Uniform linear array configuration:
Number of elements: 8
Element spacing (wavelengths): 0.75
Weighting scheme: binomial
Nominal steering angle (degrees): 45
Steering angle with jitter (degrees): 44.347
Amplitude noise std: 0.05
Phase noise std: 0.05

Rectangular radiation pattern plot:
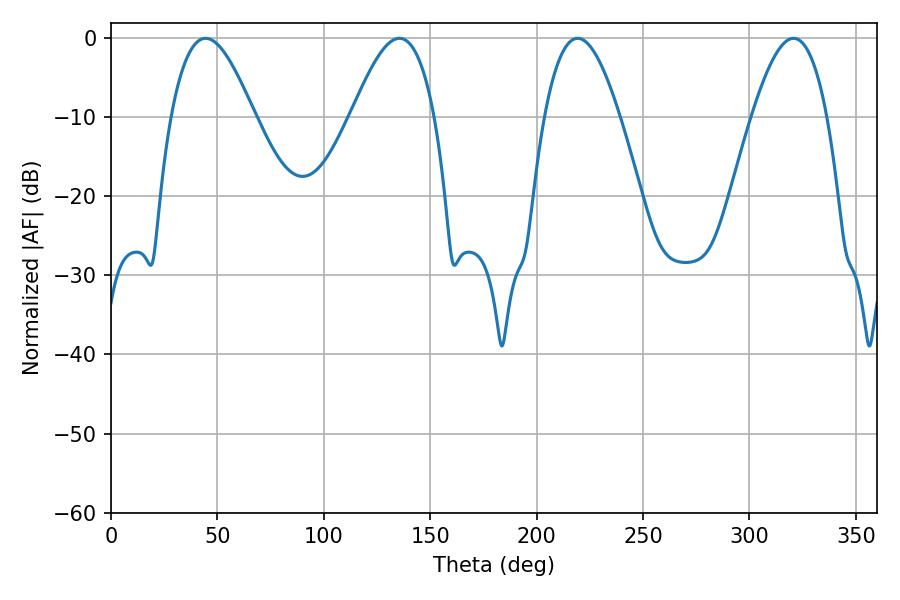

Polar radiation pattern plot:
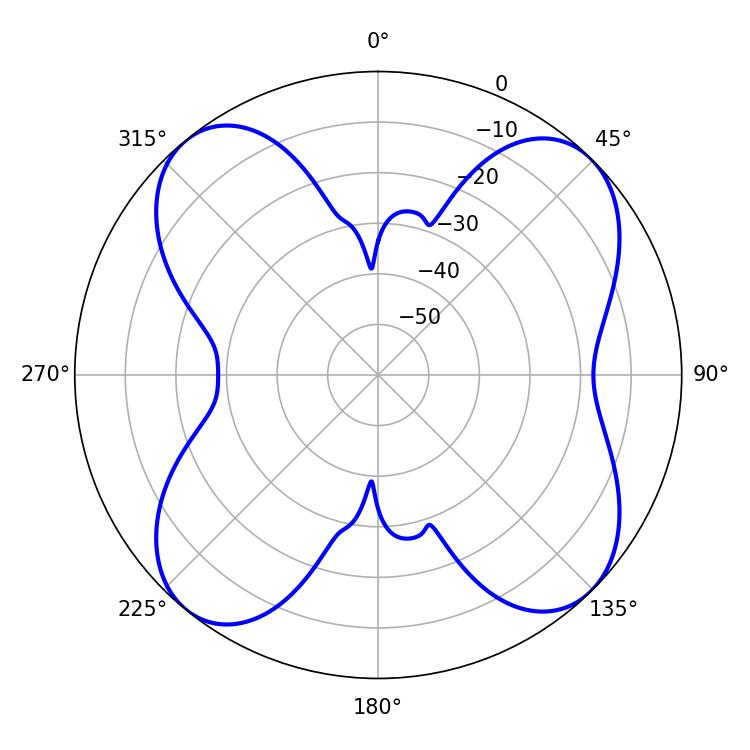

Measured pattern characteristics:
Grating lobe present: TRUE
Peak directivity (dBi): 12.235
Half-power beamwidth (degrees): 21.06
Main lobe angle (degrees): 44.46